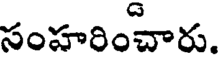
సంహరించారు.